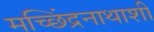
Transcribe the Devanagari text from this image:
मच्छिंद्रनाथाशी